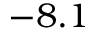
- 8 . 1